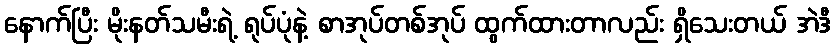
နောက်ပြီး မိုးနတ်သမီးရဲ့ ရုပ်ပုံနဲ့ စာအုပ်တစ်အုပ် ထွက်ထားတာလည်း ရှိသေးတယ် အဲဒီ